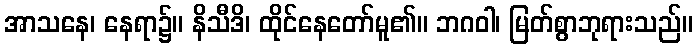
အာသနေ၊ နေရာ၌။ နိသီဒိ၊ ထိုင်နေတော်မူ၏။ ဘဂဝါ၊ မြတ်စွာဘုရားသည်။